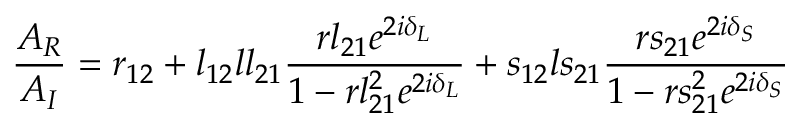
\frac { A _ { R } } { A _ { I } } = r _ { 1 2 } + l _ { 1 2 } l l _ { 2 1 } \frac { r l _ { 2 1 } e ^ { 2 i \delta _ { L } } } { 1 - r l _ { 2 1 } ^ { 2 } e ^ { 2 i \delta _ { L } } } + s _ { 1 2 } l s _ { 2 1 } \frac { r s _ { 2 1 } e ^ { 2 i \delta _ { S } } } { 1 - r s _ { 2 1 } ^ { 2 } e ^ { 2 i \delta _ { S } } }